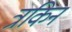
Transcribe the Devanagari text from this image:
त्रकिन